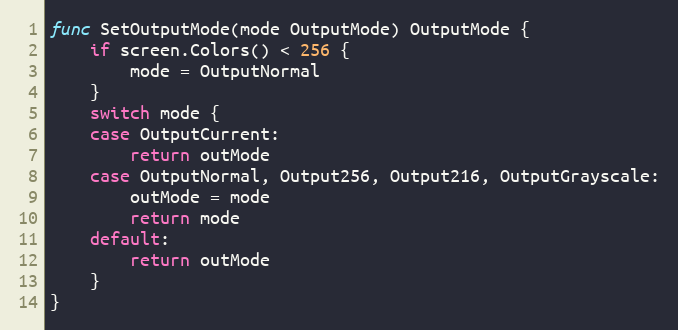
Language: Go
func SetOutputMode(mode OutputMode) OutputMode {
	if screen.Colors() < 256 {
		mode = OutputNormal
	}
	switch mode {
	case OutputCurrent:
		return outMode
	case OutputNormal, Output256, Output216, OutputGrayscale:
		outMode = mode
		return mode
	default:
		return outMode
	}
}